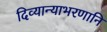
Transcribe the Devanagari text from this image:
दिव्यान्याभरणानि